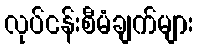
လုပ်ငန်းစီမံချက်များ